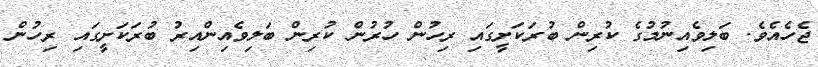
ޖެހެއެވެ. ބަލިވެއިނުމުގެ ކުރިން ބުރަކަށީގައި ރިހުން ހުރުން ކުރިން ބަލިވެއިންއިރު ބުރަކަށީގައި ރިހުން